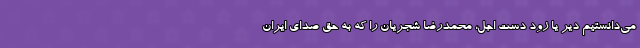
می‌دانستیم دیر یا زود دست اجل، محمدرضا شجریان را که به حق صدای ایران